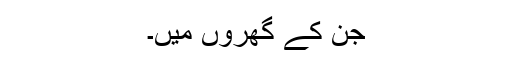
جن کے گھروں میں۔